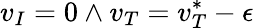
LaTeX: v_{I}=0\land v_{T}=v_{T}^{*}-\epsilon